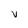
Character: v